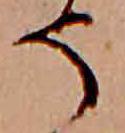
そ